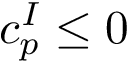
c _ { p } ^ { I } \leq 0